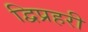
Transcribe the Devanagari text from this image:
द्विप्रहरी